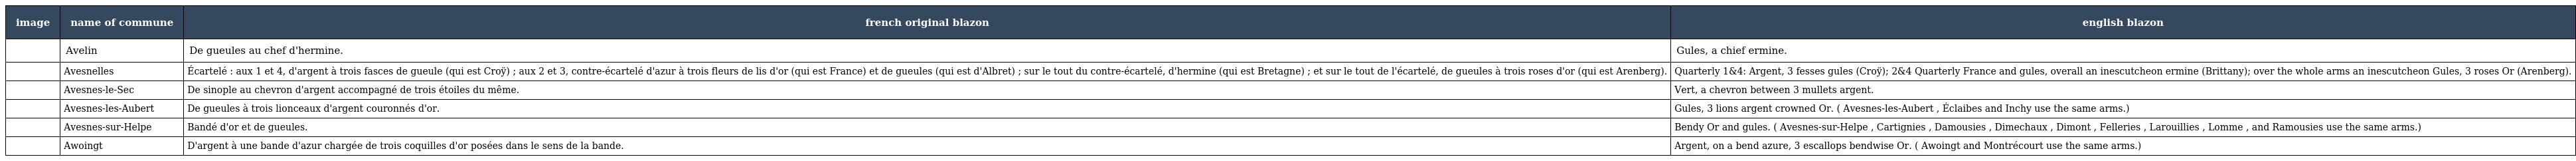
| image | name of commune | french original blazon | english blazon |
 | --- | --- | --- | --- |
 |  | Avelin | De gueules au chef d'hermine. | Gules, a chief ermine. |
 |  | Avesnelles | Écartelé : aux 1 et 4, d'argent à trois fasces de gueule (qui est Croÿ) ; aux 2 et 3, contre-écartelé d'azur à trois fleurs de lis d'or (qui est France) et de gueules (qui est d'Albret) ; sur le tout du contre-écartelé, d'hermine (qui est Bretagne) ; et sur le tout de l'écartelé, de gueules à trois roses d'or (qui est Arenberg). | Quarterly 1&4: Argent, 3 fesses gules (Croÿ); 2&4 Quarterly France and gules, overall an inescutcheon ermine (Brittany); over the whole arms an inescutcheon Gules, 3 roses Or (Arenberg). |
 |  | Avesnes-le-Sec | De sinople au chevron d'argent accompagné de trois étoiles du même. | Vert, a chevron between 3 mullets argent. |
 |  | Avesnes-les-Aubert | De gueules à trois lionceaux d'argent couronnés d'or. | Gules, 3 lions argent crowned Or. ( Avesnes-les-Aubert , Éclaibes and Inchy use the same arms.) |
 |  | Avesnes-sur-Helpe | Bandé d'or et de gueules. | Bendy Or and gules. ( Avesnes-sur-Helpe , Cartignies , Damousies , Dimechaux , Dimont , Felleries , Larouillies , Lomme , and Ramousies use the same arms.) |
 |  | Awoingt | D'argent à une bande d'azur chargée de trois coquilles d'or posées dans le sens de la bande. | Argent, on a bend azure, 3 escallops bendwise Or. ( Awoingt and Montrécourt use the same arms.) |